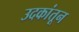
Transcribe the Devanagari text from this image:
उदकांतून